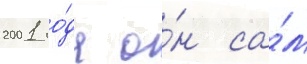
2001 го́да о́н са́м